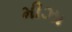
મીઝા